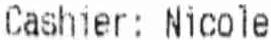
CASHIER: NICOLE